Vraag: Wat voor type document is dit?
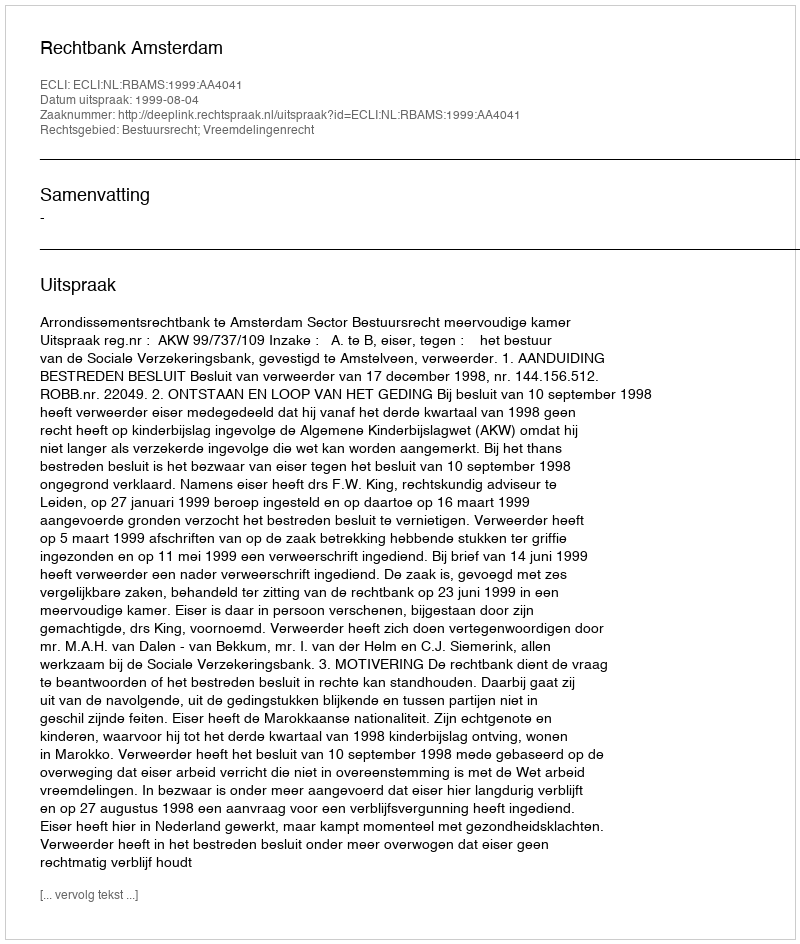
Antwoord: Uitspraak